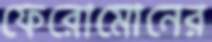
ফেরোমোনের